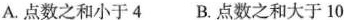
A.点数之和小于4 B.点数之和大于10